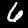
Digit: 6